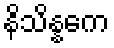
နိသိန္နကေ